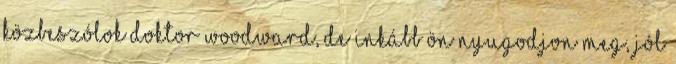
közbeszólok Doktor Woodward, de inkább Ön nyugodjon meg, jól